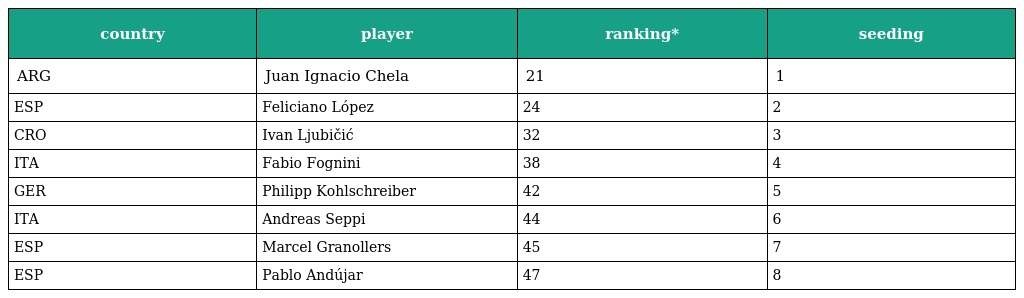
| country | player | ranking* | seeding |
 | --- | --- | --- | --- |
 | ARG | Juan Ignacio Chela | 21 | 1 |
 | ESP | Feliciano López | 24 | 2 |
 | CRO | Ivan Ljubičić | 32 | 3 |
 | ITA | Fabio Fognini | 38 | 4 |
 | GER | Philipp Kohlschreiber | 42 | 5 |
 | ITA | Andreas Seppi | 44 | 6 |
 | ESP | Marcel Granollers | 45 | 7 |
 | ESP | Pablo Andújar | 47 | 8 |